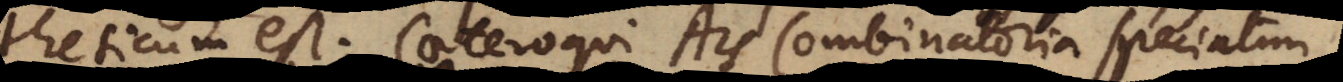
syntheticum est. Caeteroqui Ars Combinatoria speciatim